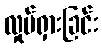
လှုပ်ရှားခြင်း